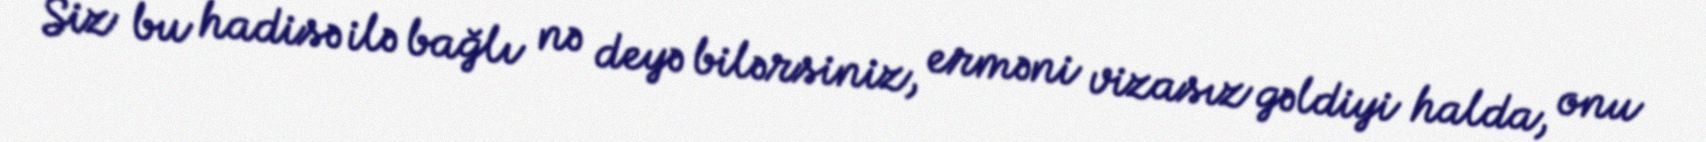
Siz bu hadisə ilə bağlı nə deyə bilərsiniz, erməni vizasız gəldiyi halda, onu